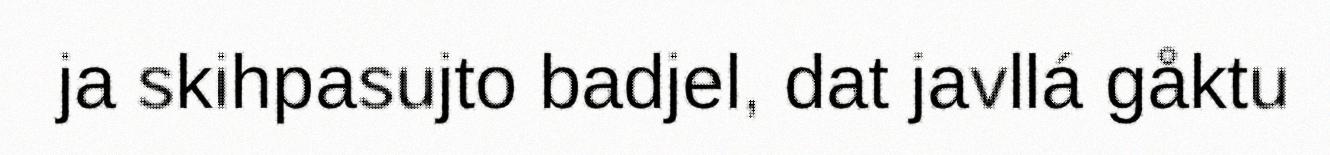
ja skihpasujto badjel, dat javllá gåktu